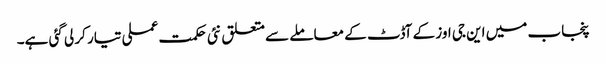
پنجاب میں این جی اوز کے آڈٹ کے معاملے سے متعلق نئی حکمت عملی تیار کر لی گئی ہے۔